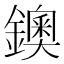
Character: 鐭